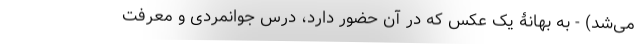
می‌شد) - به بهانۀ یک عکس که در آن حضور دارد، درس جوانمردی و معرفت